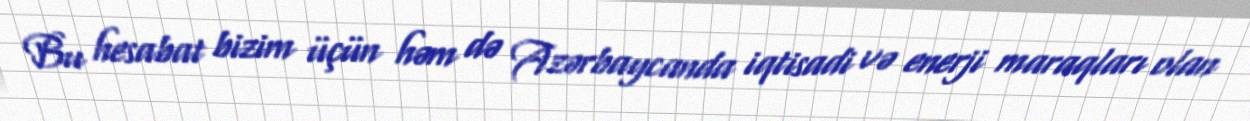
Bu hesabat bizim üçün həm də Azərbaycanda iqtisadi və enerji maraqları olan